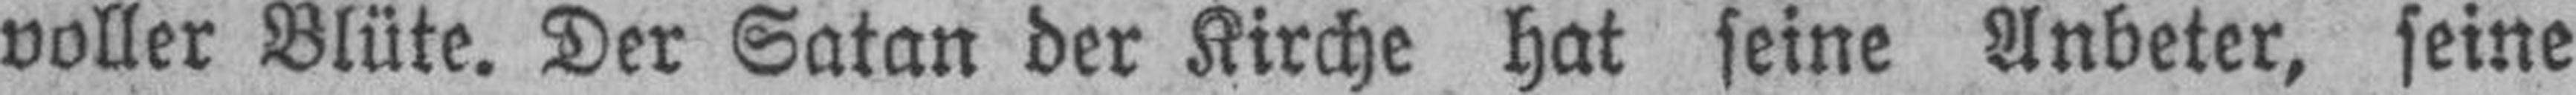
voller Blüte. Der Satan der Kirche hat seine Anbeter, seine